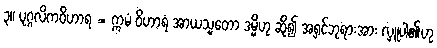
၃။ ပုဂ္ဂလိကဝိဟာရ = ဣမံ ဝိဟာရံ အာယသ္မတော ဒမ္မိဟု ဆို၍ အရှင်ဘုရားအား လှူပါ၏ဟု